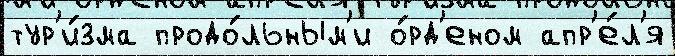
тур'и́зма продо́льным'и о́рд'еном апр'е́л'я